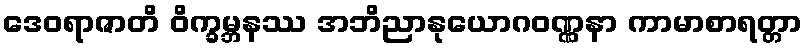
ဒေဝရာဇာတိ ဝိက္ခမ္ဘနဿ အဘိညာနုယောဂဝဏ္ဏနာ ကာမာစာရတ္တာ